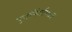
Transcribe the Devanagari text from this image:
पुनर्निर्माणास